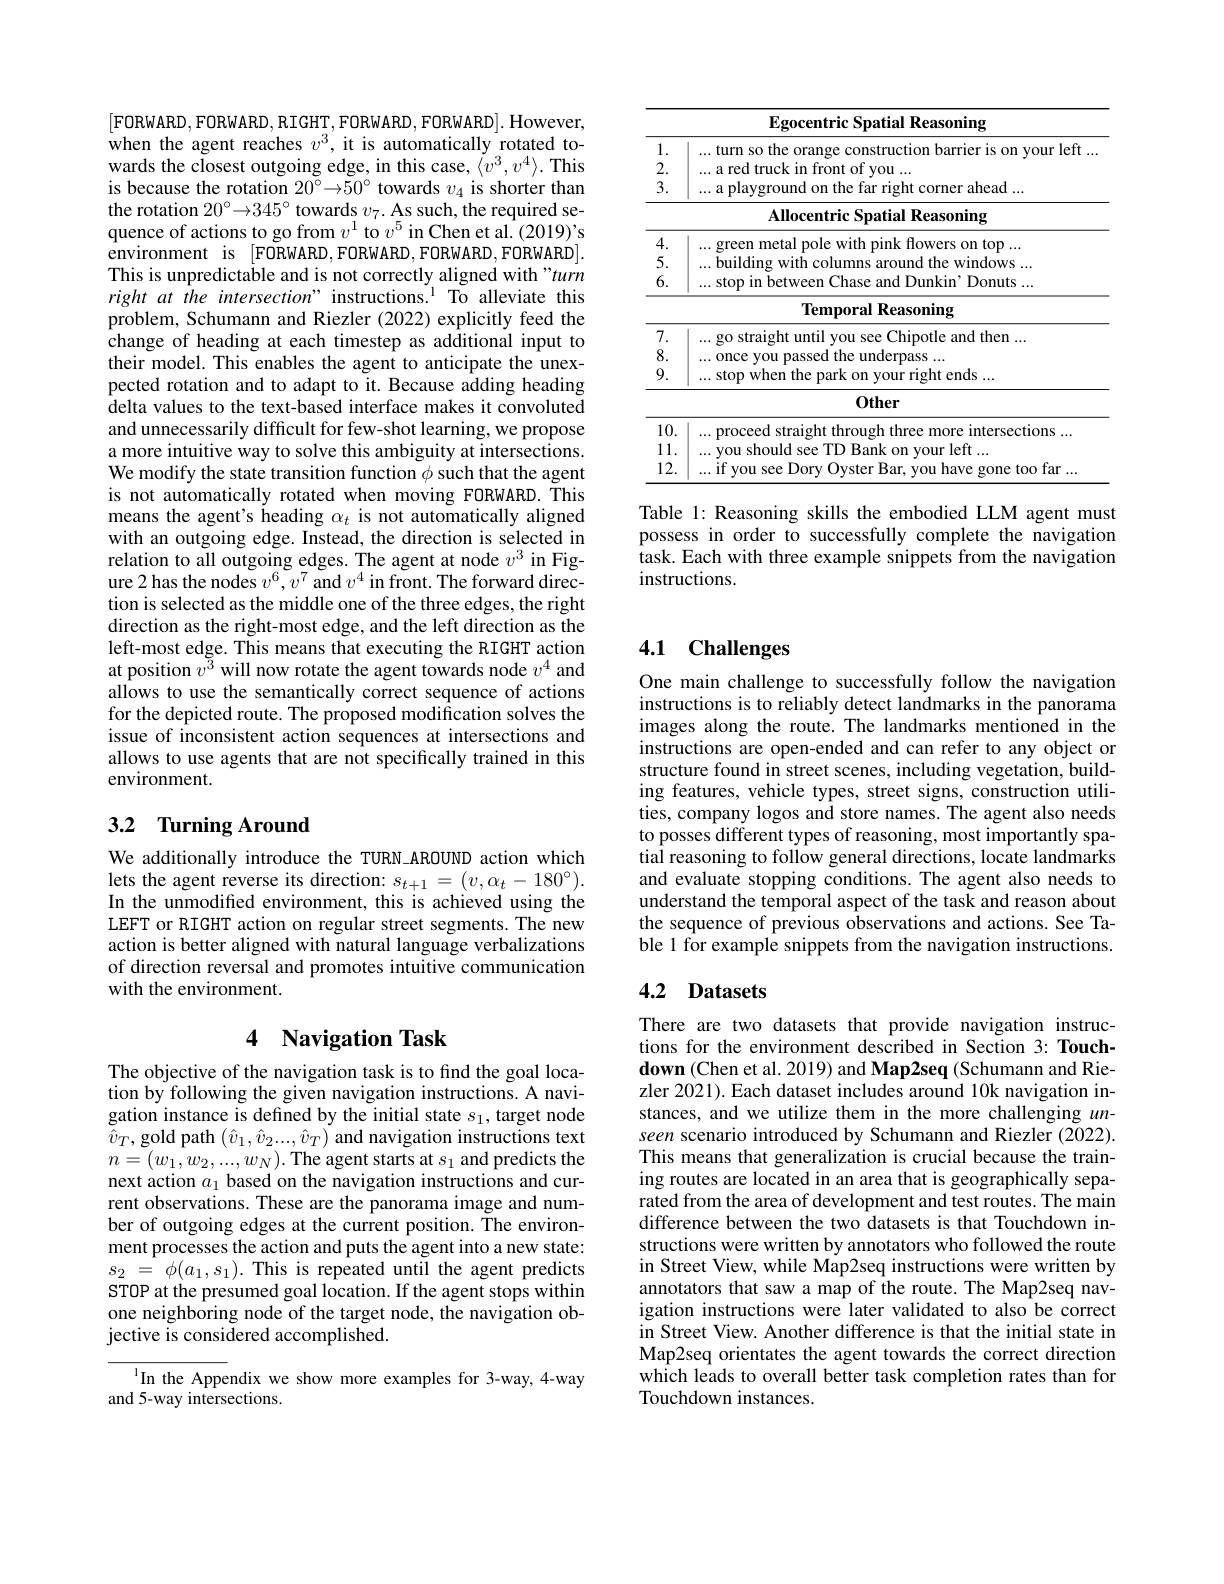
[FORWARD,FORWARD,RIGHT,FORWARD,FORWARD].However, when the agent reaches $v^3$, it is automatically rotated towards the closest outgoing edge, in this case, $\langle v^3,v^4\rangle.$ This is because the rotation $20^\circ\to50^\circ$ towards $v_4$ is shorter than the rotation $20^\circ{\to}345^\circ$ towards $v_7.$ As such, the required sequence of actions to go from $v^1$ to $v^5$ in Chen et al. (2019)'s $\hat{\text{environment}}$ is $[ FORWARD, FORWARD, FORWARD, FORWARD] .$ This is unpredictable and is not correctly aligned with "turn right at the intersection" instructions.$^{1}$ To alleviate this problem, Schumann and Riezler (2022) explicitly feed the change of heading at each timestep as additional input to their model. This enables the agent to anticipate the unexpected rotation and to adapt to it. Because adding heading delta values to the text-based interface makes it convoluted and unnecessarily difficult for few-shot learning, we propose a more intuitive way to solve this ambiguity at intersections. We modify the state transition function $\phi$ such that the agent is not automatically rotated when moving FORWARD. This means the agent's heading $\alpha_t$ is not automatically aligned with an outgoing edge. Instead, the direction is selected in relation to all outgoing edges. The agent at node $v^3$ in Figure 2 has the nodes $v^6,v^7$ and $v^4$ in front. The forward direction is selected as the middle one of the three edges, the right direction as the right-most edge, and the left direction as the left-most edge. This means that executing the RIGHT action at position $v^{\breve{3}}$ will now rotate the agent towards node $v^4$ and allows to use the semantically correct sequence of actions for the depicted route. The proposed modification solves the issue of inconsistent action sequences at intersections and allows to use agents that are not specifically trained in this environment.

## 3.2 Turning Around

We additionally introduce the TURN AROUND action which lets the agent reverse its direction: $s_t+1=(v,\alpha_t-180^{\circ}).$ In the unmodifed environment, this is achieved using the LEFT or RIGHT action on regular street segments. The new action is better aligned with natural language verbalizations of direction reversal and promotes intuitive communication with the environment.

## 4 Navigation Task

The objective of the navigation task is to find the goal location by following the given navigation instructions. A navigation instance is defined by the initial state $s_1$, target node $\hat{v}_{T}$, gold path $(\hat{v}_{1},\hat{v}_{2}...,\hat{v}_{T})$ and navigation instructions text $n=(w_{1},w_{2},...,w_{N}).$The agent starts at $s_1$ and predicts the next action $a_1$ based on the navigation instructions and current observations. These are the panorama image and number of outgoing edges at the current position. The environment processes the action and puts the agent into a new state: $s_{2}$ = $\phi ( a_{1}, s_{1}) .$This is repeated until the agent predicts STOP at the presumed goal location. If the agent stops within one neighboring node of the target node, the navigation objective is considered accomplished.

In the Appendix we show more examples for 3-way, 4-way
and 5-way intersections.

<table>
	<tbody>
		<tr>
			<th> </th>
			<th>Egocentric S Spatial Reasoning</th>
		</tr>
		<tr>
			<td>1. 2. 3.</td>
			<td>...turn so the orange construction barrier is on your left . ...a red truck in front of you ... ...a playground on the far right corner ahead ...a playground on the far right corner ahead ...</td>
		</tr>
		<tr>
			<td>1. 2. 3.</td>
			<td>...turn so the orange construction barrier is on your left . ...a red truck in front of you ... ...a playground on the far right corner ahead ...</td>
		</tr>
		<tr>
			<td>1</td>
			<td> </td>
		</tr>
		<tr>
			<td> </td>
			<td>Allocentric Spatial Reasoning</td>
		</tr>
		<tr>
			<td>4</td>
			<td> </td>
		</tr>
		<tr>
			<td>114 5. 6.</td>
			<td>...building with columns around the windows ... ... stop in between Chase and Dunkin' Donuts...</td>
		</tr>
		<tr>
			<td>7</td>
			<td> </td>
		</tr>
		<tr>
			<td>8</td>
			<td> </td>
		</tr>
		<tr>
			<td>9.</td>
			<td>ends</td>
		</tr>
		<tr>
			<td> </td>
			<td>0ther</td>
		</tr>
		<tr>
			<td>10.</td>
			<td>ms</td>
		</tr>
		<tr>
			<td>1 1 1 </td>
			<td>leff</td>
		</tr>
		<tr>
			<td>12.</td>
			<td> </td>
		</tr>
	</tbody>
</table>

Table 1: Reasoning skills the embodied LLM agent must possess in order to successfully complete the navigation $\hat{\text{task. Each with three example snippets from the navigation}}$ instructions

## 4.1 Challenges

One main challenge to successfully follow the navigation instructions is to reliably detect landmarks in the panorama images along the route. The landmarks mentioned in the instructions are open-ended and can refer to any object or structure found in street scenes, including vegetation, building features, vehicle types, street signs, construction utilities, company logos and store names. The agent also needs to posses different types of reasoning, most importantly spatial reasoning to follow general directions, locate landmarks and evaluate stopping conditions. The agent also needs to understand the temporal aspect of the task and reason about the sequence of previous observations and actions. See Table 1 for example snippets from the navigation instructions.

### 4.2 Datasets

There are two datasets that provide navigation instructions for the environment described in Section 3: Touchdown (Chen et al. 2019) and Map2seq (Schumann and Riezler 2021). Each dataset includes around 10k navigation instances, and we utilize them in the more challenging $un-$ seen scenario introduced by Schumann and Riezler (2022). This means that generalization is crucial because the training routes are located in an area that is geographically separated from the area of development and test routes. The main difference between the two datasets is that Touchdown instructions were written by annotators who followed the route in Street View, while Map2seq instructions were written by annotators that saw a map of the route. The Map2seq navigation instructions were later validated to also be correct in Street View. Another difference is that the initial state in Map2seq orientates the agent towards the correct direction which leads to overall better task completion rates than for Touchdown instances.